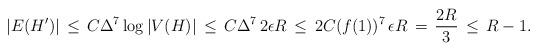
LaTeX: \begin{align*} |E(H')| \,\leq\, C\Delta^{7} \log |V(H)| \,\leq\, C\Delta^{7}\, 2\epsilon R \,\leq\, 2C(f(1))^{7}\,\epsilon R \,=\, \frac{2R}{3} \,\leq\, R - 1.\end{align*}